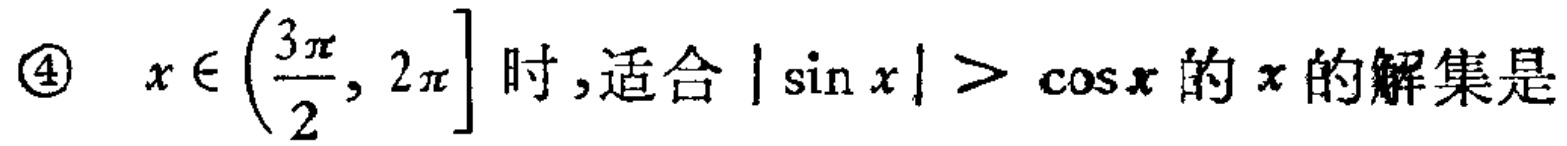
\(\textcircled{4}\ x\in\left(\frac{3\pi}{2},2\pi\right]\)时，适合\(|\sin x|>\cos x\)的\(x\)的解集是